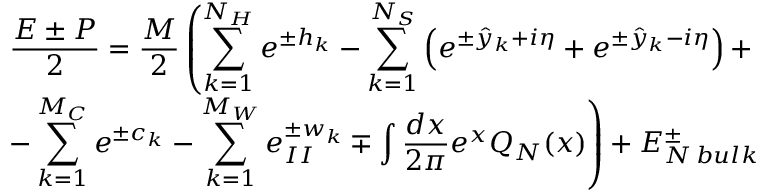
\begin{array} { c } { { \displaystyle \displaystyle \frac { E \pm P } { 2 } = \displaystyle \frac { { \cal M } } { 2 } \left( \displaystyle \sum _ { k = 1 } ^ { N _ { H } } e ^ { \pm h _ { k } } - \displaystyle \sum _ { k = 1 } ^ { N _ { S } } \left( e ^ { \pm \hat { y } _ { k } + i \eta } + e ^ { \pm \hat { y } _ { k } - i \eta } \right) + \right. } } \\ { { \left. - \displaystyle \sum _ { k = 1 } ^ { M _ { C } } e ^ { \pm c _ { k } } - \displaystyle \sum _ { k = 1 } ^ { M _ { W } } e _ { I I } ^ { \pm w _ { k } } \mp \displaystyle \int \displaystyle \frac { d x } { 2 \pi } e ^ { x } { \cal Q } _ { N } ( x ) \right) + E _ { N \, b u l k } ^ { \pm } } } \end{array}